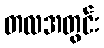
တလအတွင်း